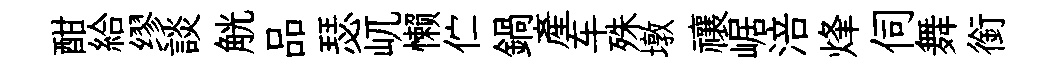
酣給缪談觥品瑟屼懒伫鍋産车殊墩禳崌涪烽伺舞銜